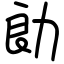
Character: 勆